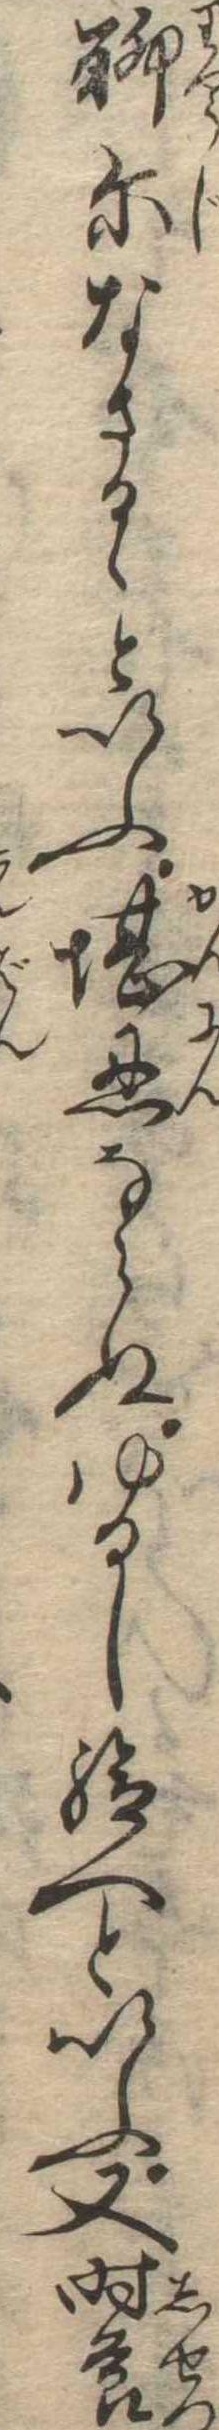
聊爾なさるゝといふ堪忍ならぬゆるし給へといふ又時節